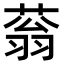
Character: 蓊